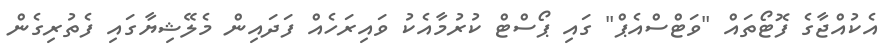
އެކުއްޖާގެ ފޮޓޯތައް "ވަޓްސްއެޕް" ގައި ޕޯސްޓް ކުރުމާއެކު ވައިރަހެއް ފަދައިން މެލޭޝިޔާގައި ފެތުރިގެން